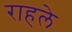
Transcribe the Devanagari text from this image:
राहले